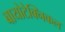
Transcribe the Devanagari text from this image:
बायोटेक्निकल